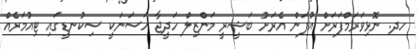
ހދ. ނޮޅިވަރަމްފަރަށް އުފަން އެރަށު ބަޝީރީ މަންޒިލް ހަދީޖާ ހަސަނަކީ ސިކުނޑީގައި ޓިއުމަރެއް